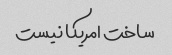
ساخت امریکا نیست